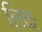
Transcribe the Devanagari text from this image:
लिकः